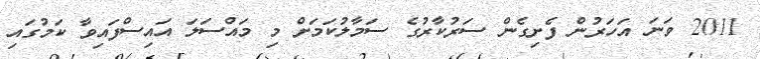
2011 ވަނަ އަހަރުން ފެށިގެން ސަރުކާރުގެ ސަމާލުކަމަށް މި މައްސަލަ އައިސްފައިވާ ކަމުގައި